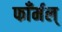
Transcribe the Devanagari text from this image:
फाँर्मल्